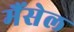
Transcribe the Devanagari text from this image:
मैंसेल